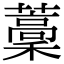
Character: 藳